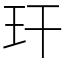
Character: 玕